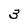
Character: 3